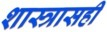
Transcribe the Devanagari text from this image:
शास्त्रासही